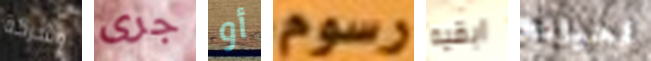
وشركة جرى أو رسوم ابقيه لحياته